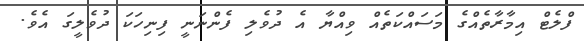
ފްލެޓް އިމާރާތެއްގެ މަސައްކަތެއް ވިއްޔާ އެ ދުވެލި ފެންނަނީ ފިނިހަކަ ދުވެލީގަ އެވެ.